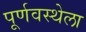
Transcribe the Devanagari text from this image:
पूर्णवस्थेला